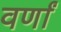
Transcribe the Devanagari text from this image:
वर्णां